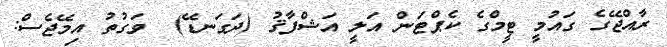
ރާއްޖޭގެ ގައުމީ ޓީމްގެ ކެޕްޓަން އަލީ އަޝްފާޤު (ދަގަނޑޭ)  ވަގުތު އިމޭޖެސް: